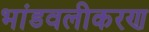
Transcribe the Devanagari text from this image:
भांडवलीकरण